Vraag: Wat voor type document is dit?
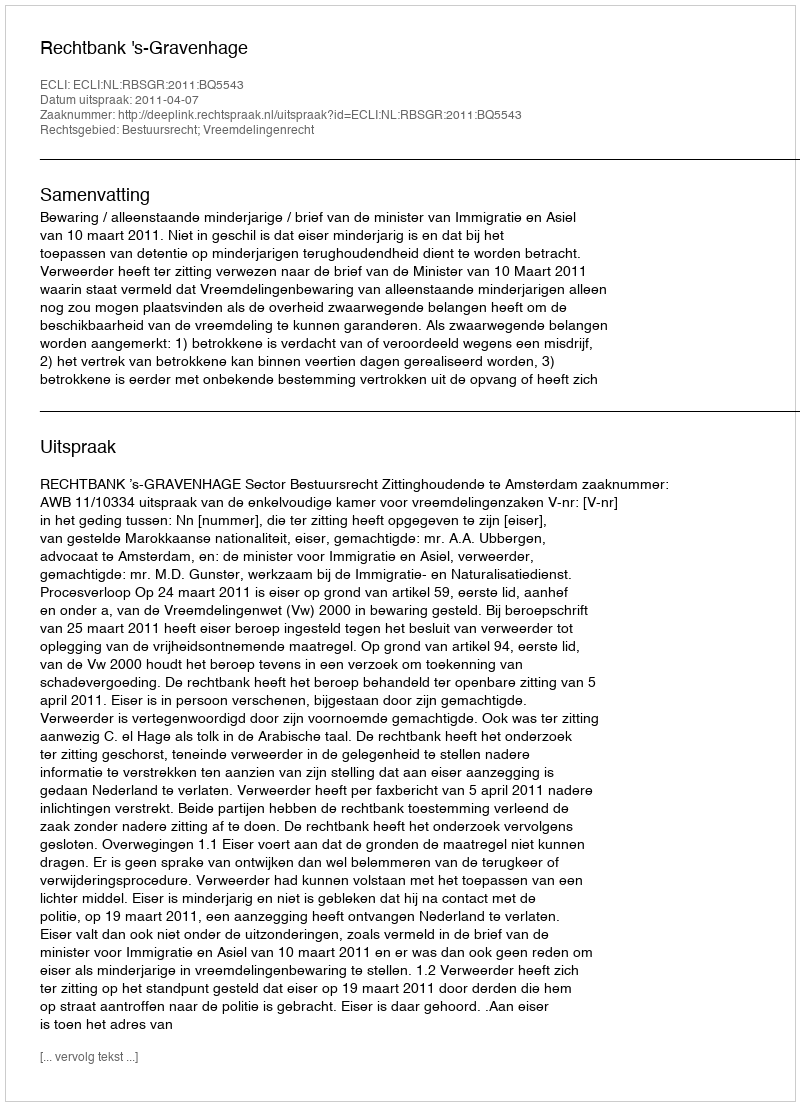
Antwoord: Uitspraak